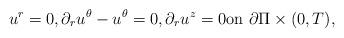
LaTeX: \begin{align*}u^{r}=0,\partial_r u^{\theta}-u^{\theta}=0,\partial_r u^{z}=0\textrm{on}\ \partial\Pi\times (0,T), \end{align*}